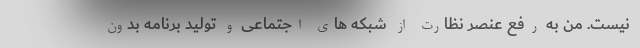
نیست. من به رفع عنصر نظارت از شبکه های اجتماعی و تولید برنامه بدون